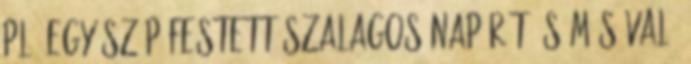
pl. egy szép festett szalagos napórát és más való